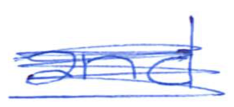
Text: and
Cross-out: scratch
Writing tool: ballpoint